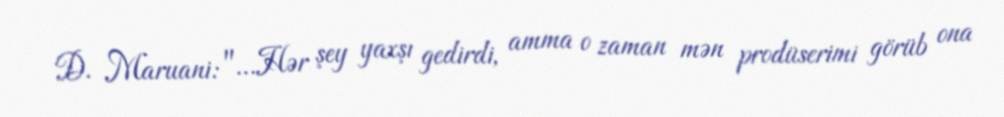
D. Maruani: "…Hər şey yaxşı gedirdi, amma o zaman mən prodüserimi görüb ona